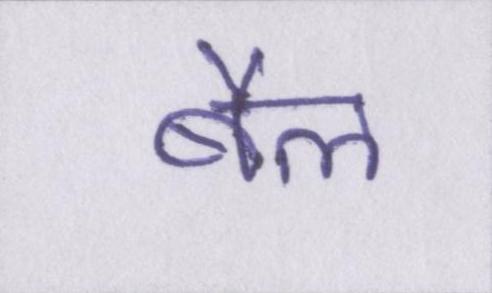
बैल